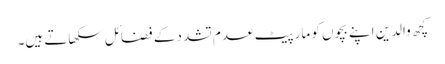
کچھ والدین اپنے بچوں کو مار پیٹ عدم تشدد کے فضائل سکھاتے ہیں۔